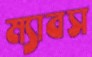
ম্যাবস